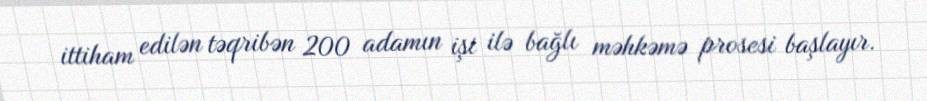
ittiham edilən təqribən 200 adamın işi ilə bağlı məhkəmə prosesi başlayır.